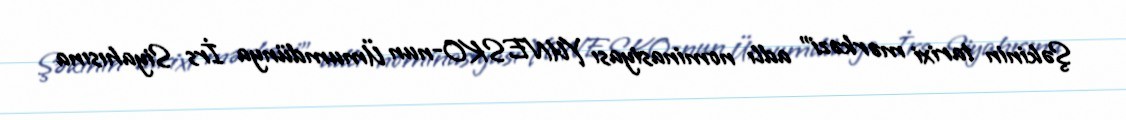
Şəkinin tarixi mərkəzi" adlı nominasiyası YUNESKO-nun Ümumdünya İrs Siyahısına